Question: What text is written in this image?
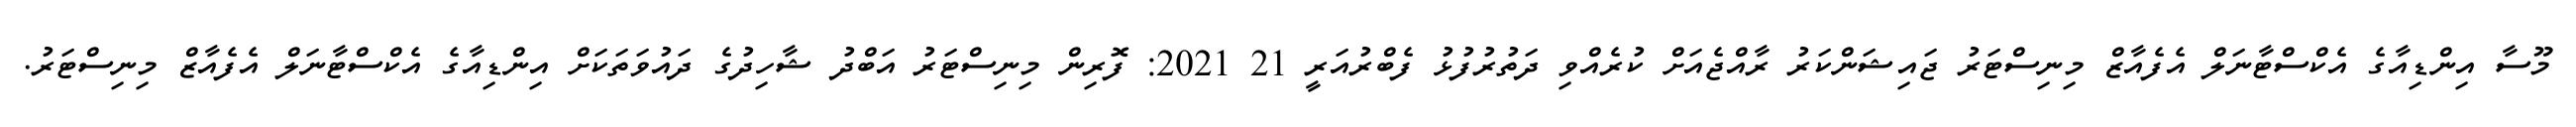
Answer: މޫސާ އިންޑިއާގެ އެކްސްޓާނަލް އެފެއާޒް މިނިސްޓަރު ޖައިޝަންކަރު ރާއްޖެއަށް ކުރެއްވި ދަތުރުފުޅު ފެބްރުއަރީ 21 2021: ފޮރިން މިނިސްޓަރު އަބްދު ޝާހިދުގެ ދައުވަތަކަށް އިންޑިއާގެ އެކްސްޓާނަލް އެފެއާޒް މިނިސްޓަރު.